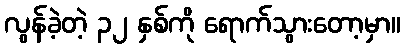
လွန်ခဲ့တဲ့ ၃၂ နှစ်ကို ရောက်သွားတော့မှာ။